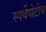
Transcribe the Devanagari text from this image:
स्पर्धेपोटीच